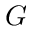
G